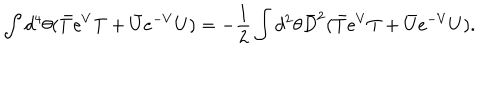
\int d ^ { 4 } \theta ( \bar { T } e ^ { V } T + \bar { U } e ^ { - V } U ) = - \frac { 1 } { 2 } \int d ^ { 2 } \theta \bar { D } ^ { 2 } ( \bar { T } e ^ { V } T + \bar { U } e ^ { - V } U ) .